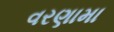
વરણામા